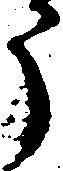
う